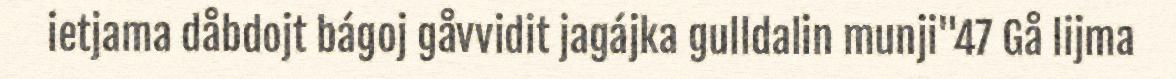
ietjama dåbdojt bágoj gåvvidit jagájka gulldalin munji"47 Gå lijma